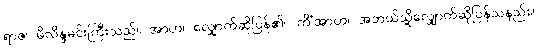
ရာဇ၊ မိလိန္ဒမင်းကြီးသည်။ အာဟ၊ လျှောက်ဆိုပြန်၏။ ကိံအာဟ၊ အဘယ်သို့လျှောက်ဆိုပြန်သနည်း။